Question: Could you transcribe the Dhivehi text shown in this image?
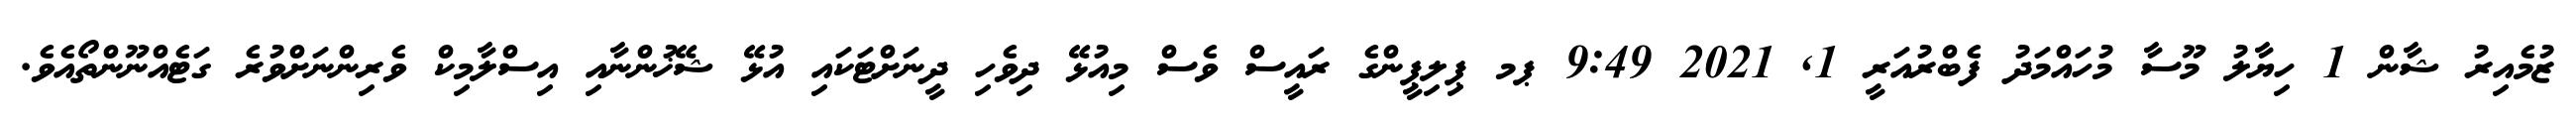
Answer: ޒުމެއިރު ޝާން 1 ހިޔާލު މޫސާ މުހައްމަދު ފެބްރުއަރީ 1, 2021 9:49 ޕމ ޕިލިޕީންގެ ރައީސް ވެސް މިއުޅޭ ދިވެހި ދީނަށްޓަކައި އުޅޭ ޝޭޚުންނާއި އިސްލާމިކް ވެރިންނަށްވުރެ ގަޓެއްނޫންތޯއެވެ.